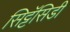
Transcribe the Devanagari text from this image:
सिट्टॅसिडी